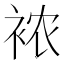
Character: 𰳺